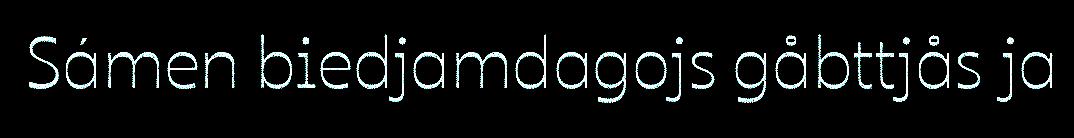
Sámen biedjamdagojs gåbttjås ja